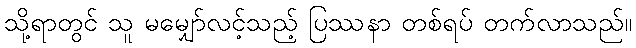
သို့ရာတွင် သူ မမျှော်လင့်သည့် ပြဿနာ တစ်ရပ် တက်လာသည်။